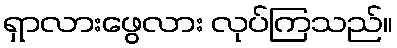
ရှာလားဖွေလား လုပ်ကြသည်။